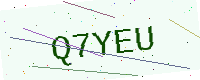
Text: Q7YEU